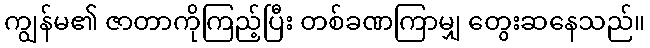
ကျွန်မ၏ ဇာတာကိုကြည့်ပြီး တစ်ခဏကြာမျှ တွေးဆနေသည်။